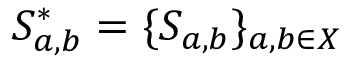
S _ { a , b } ^ { * } = \{ S _ { a , b } \} _ { a , b \in X }